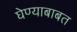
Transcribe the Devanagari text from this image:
घेण्याबाबत